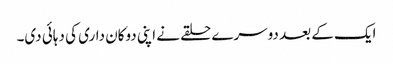
ایک کے بعد دوسرے حلقے نے اپنی دوکان داری کی دہائی دی۔